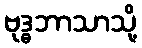
ဗုဒ္ဓဘာသာသို့